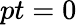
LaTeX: pt=0